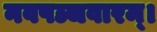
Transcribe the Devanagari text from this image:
नवपञ्चवारम्।